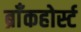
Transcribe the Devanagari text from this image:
ब्राँकहोर्स्ट